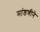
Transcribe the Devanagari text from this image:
मांडणीने